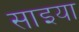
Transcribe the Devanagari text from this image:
साइया